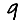
Digit: 9